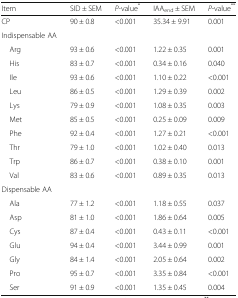
<table><thead><tr><td><b>Item</b></td><td><b>SID ± SEM</b></td><td><b><i>P</i>-value<sup>*</sup></b></td><td><b>IAA<sub>end</sub> ± SEM</b></td><td><b><i>P</i>-value<sup>**</sup></b></td></tr></thead><tbody><tr><td>CP</td><td>90 ± 0.8</td><td>&lt;0.001</td><td>35.34 ± 9.91</td><td>0.001</td></tr><tr><td>Indispensable AA</td><td></td><td></td><td></td><td></td></tr><tr><td> Arg</td><td>93 ± 0.6</td><td>&lt;0.001</td><td>1.22 ± 0.35</td><td>0.001</td></tr><tr><td> His</td><td>83 ± 0.7</td><td>&lt;0.001</td><td>0.34 ± 0.16</td><td>0.040</td></tr><tr><td> Ile</td><td>93 ± 0.6</td><td>&lt;0.001</td><td>1.10 ± 0.22</td><td>&lt;0.001</td></tr><tr><td> Leu</td><td>86 ± 0.5</td><td>&lt;0.001</td><td>1.29 ± 0.39</td><td>0.002</td></tr><tr><td> Lys</td><td>79 ± 0.9</td><td>&lt;0.001</td><td>1.08 ± 0.35</td><td>0.003</td></tr><tr><td> Met</td><td>85 ± 0.5</td><td>&lt;0.001</td><td>0.25 ± 0.09</td><td>0.009</td></tr><tr><td> Phe</td><td>92 ± 0.4</td><td>&lt;0.001</td><td>1.27 ± 0.21</td><td>&lt;0.001</td></tr><tr><td> Thr</td><td>79 ± 1.0</td><td>&lt;0.001</td><td>1.02 ± 0.40</td><td>0.013</td></tr><tr><td> Trp</td><td>86 ± 0.7</td><td>&lt;0.001</td><td>0.38 ± 0.10</td><td>0.001</td></tr><tr><td> Val</td><td>83 ± 0.6</td><td>&lt;0.001</td><td>0.89 ± 0.35</td><td>0.013</td></tr><tr><td colspan="5">Dispensable AA</td></tr><tr><td> Ala</td><td>77 ± 1.2</td><td>&lt;0.001</td><td>1.18 ± 0.55</td><td>0.037</td></tr><tr><td> Asp</td><td>81 ± 1.0</td><td>&lt;0.001</td><td>1.86 ± 0.64</td><td>0.005</td></tr><tr><td> Cys</td><td>87 ± 0.4</td><td>&lt;0.001</td><td>0.43 ± 0.11</td><td>&lt;0.001</td></tr><tr><td> Glu</td><td>94 ± 0.4</td><td>&lt;0.001</td><td>3.44 ± 0.99</td><td>0.001</td></tr><tr><td> Gly</td><td>84 ± 1.4</td><td>&lt;0.001</td><td>2.05 ± 0.64</td><td>0.002</td></tr><tr><td> Pro</td><td>95 ± 0.7</td><td>&lt;0.001</td><td>3.35 ± 0.84</td><td>&lt;0.001</td></tr><tr><td> Ser</td><td>91 ± 0.9</td><td>&lt;0.001</td><td>1.35 ± 0.45</td><td>0.004</td></tr></tbody></table>